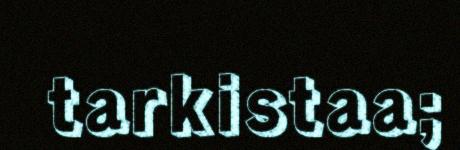
tarkistaa;